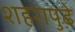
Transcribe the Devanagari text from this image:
शहरापुढे